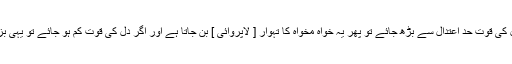
اگر انسان کے دل کی قوت حد اعتدال سے بڑھ جائے تو پھر یہ خواہ مخواہ کا تہوار [ لاپروائی ] بن جاتا ہے اور اگر دل کی قوت کم ہو جائے تو یہی بزدلی کہلاتی ہے ۔